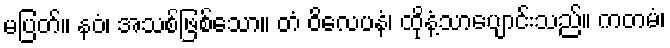
မပြတ်။ နဝံ၊ အသစ်ဖြစ်သော။ တံ ဝိလေပနံ၊ ထိုနံ့သာပျောင်းသည်။ ကတမံ၊